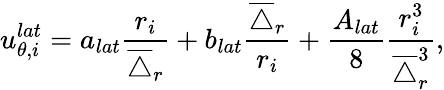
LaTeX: u_{\theta,i}^{lat}=a_{lat}\frac{r_{i}}{\overline{{\triangle}}_{r}}+b_{lat}\frac{\overline{{\triangle}}_{r}}{r_{i}}+\frac{A_{lat}}{8}\frac{r_{i}^{3}}{\overline{{\triangle}}_{r}^{3}},